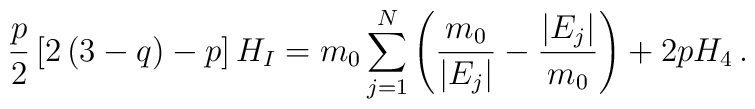
\frac{p}{2}\left[2\left(3-q\right)-p\right]H_I=m_0\sum_{j=1}^N\left(\frac{m_0}{\vert E_j\vert}-\frac{\vert E_j\vert}{m_0}\right)+2pH_4\,.